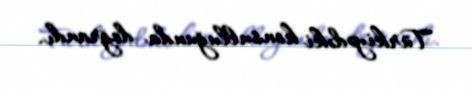
Türkiyədəki konsulluğunda doğrandı.